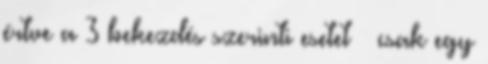
értve a 3 bekezdés szerinti esetet – csak egy